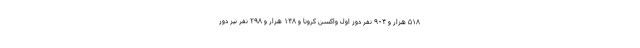
۵۱۸ هزار و ۹۰۴ نفر دوز اول واکسن کرونا و ۱۴۸ هزار و ۲۹۸ نفر نیز دوز